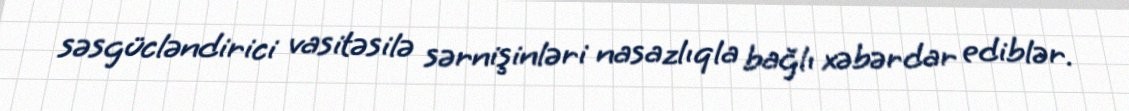
səsgücləndirici vasitəsilə sərnişinləri nasazlıqla bağlı xəbərdar ediblər.